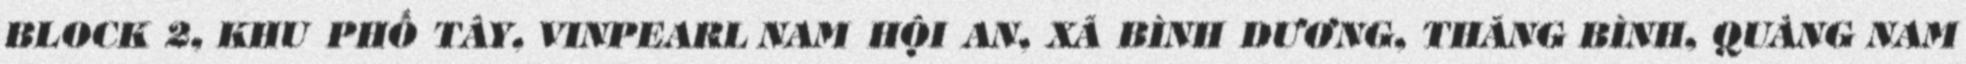
BLOCK 2, KHU PHỐ TÂY, VINPEARL NAM HỘI AN, XÃ BÌNH DƯƠNG, THĂNG BÌNH, QUẢNG NAM